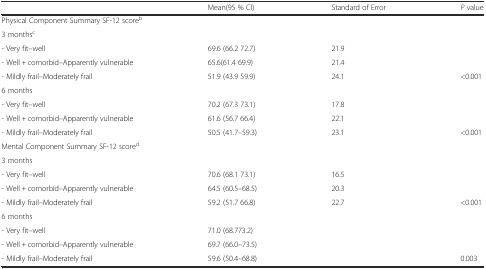
<table><thead><tr><td></td><td><b>Mean(95 % CI)</b></td><td><b>Standard of Error</b></td><td><b><i>P</i> value</b></td></tr></thead><tbody><tr><td colspan="4">Physical Component Summary SF-12 score<sup>b</sup></td></tr><tr><td colspan="4">3 months<sup>c</sup></td></tr><tr><td>- Very fit--well</td><td>69.6 (66.2 72.7)</td><td>21.9</td><td></td></tr><tr><td>- Well + comorbid--Apparently vulnerable</td><td>65.6(61.4 69.9)</td><td>21.4</td><td></td></tr><tr><td>- Mildly frail--Moderately frail</td><td>51.9 (43.9 59.9)</td><td>24.1</td><td>&lt;0.001</td></tr><tr><td colspan="4">6 months</td></tr><tr><td>- Very fit--well</td><td>70.2 (67.3 73.1)</td><td>17.8</td><td></td></tr><tr><td>- Well + comorbid--Apparently vulnerable</td><td>61.6 (56.7 66.4)</td><td>22.1</td><td></td></tr><tr><td>- Mildly frail--Moderately frail</td><td>50.5 (41.7–59.3)</td><td>23.1</td><td>&lt;0.001</td></tr><tr><td colspan="4">Mental Component Summary SF-12 score<sup>d</sup></td></tr><tr><td colspan="4">3 months</td></tr><tr><td>- Very fit--well</td><td>70.6 (68.1 73.1)</td><td>16.5</td><td></td></tr><tr><td>- Well + comorbid--Apparently vulnerable</td><td>64.5 (60.5–68.5)</td><td>20.3</td><td></td></tr><tr><td>- Mildly frail--Moderately frail</td><td>59.2 (51.7 66.8)</td><td>22.7</td><td>&lt;0.001</td></tr><tr><td colspan="4">6 months</td></tr><tr><td>- Very fit--well</td><td>71.0 (68.773.2)</td><td></td><td></td></tr><tr><td>- Well + comorbid--Apparently vulnerable</td><td>69.7 (66.0–73.5)</td><td></td><td></td></tr><tr><td>- Mildly frail--Moderately frail</td><td>59.6 (50.4–68.8)</td><td></td><td>0.003</td></tr></tbody></table>